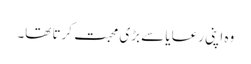
وہ اپنی رعایا سے بڑی محبت کرتا تھا۔